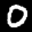
Label: 0